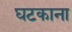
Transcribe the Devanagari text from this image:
घटकाना